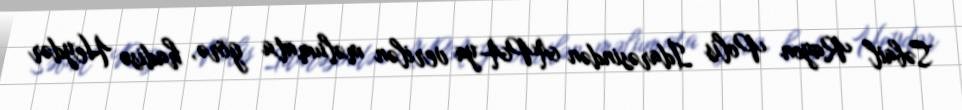
Səbail Rayon Polis İdarəsindən APA-ya verilən məlumata görə, hadisə Heydər